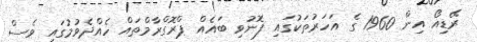
ރޭޑިއޯ އިން 1960 ގެ އަހަރުތަކުގައި ފޮނުވި ބައެއް ޕްރޮގްރާމްތައް ހެއްދެވުމުގައި ވެސް